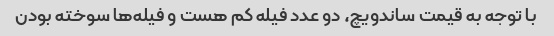
با توجه به قیمت ساندویچ، دو عدد فیله کم هست و فیله‌ها سوخته بودن